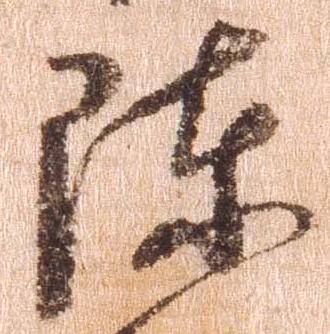
陳